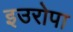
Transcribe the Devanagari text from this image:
इउरोपा